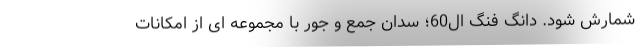
شمارش شود. دانگ فنگ ال60؛ سدان جمع و جور با مجموعه ای از امکانات